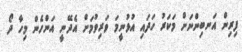
ފިރިން އަނބިންނަށް މަކަރު ހަދައި އުޅުނީމަ ވަރިވުމަށް އެދޭނީ އަންހެން މިހާ ދޯ